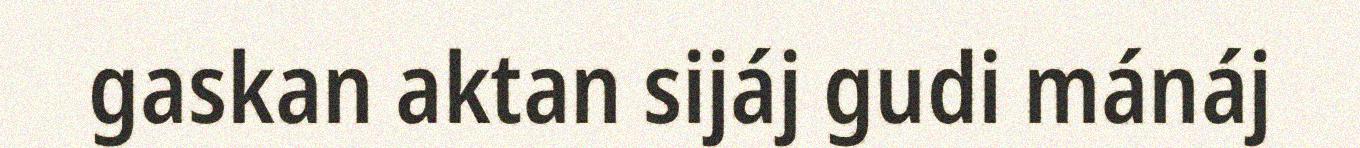
gaskan aktan sijáj gudi mánáj